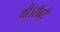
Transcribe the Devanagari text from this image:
थी।रॉबर्ट